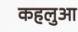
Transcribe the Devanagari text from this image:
कहलुआ